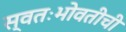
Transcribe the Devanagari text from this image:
स्वतःभोवतीची